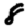
Digit: 8